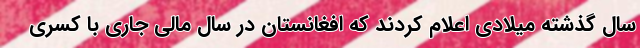
سال گذشته میلادی اعلام کردند که افغانستان در سال مالی جاری با کسری